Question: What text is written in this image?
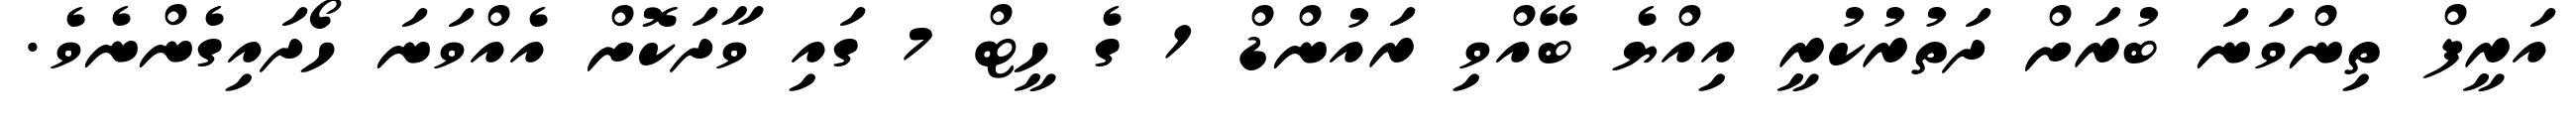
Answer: އަރީފް ތިންވަނަ ބުރަށް ދަތުރުކުރީ އިއްޔެ ބޭއްވި ރައުންޑް 1 ގެ ހީޓް 7 ގައި ވާދަކޮށް އެއްވަނަ ހޯދައިގެންނެވެ.